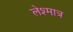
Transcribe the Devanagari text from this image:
लेश्मात्र